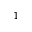
^ 1